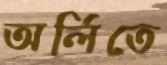
অর্লিতে